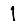
Digit: 1